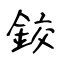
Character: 鉸